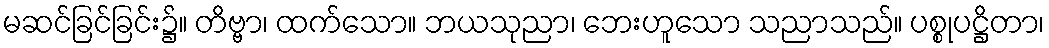
မဆင်ခြင်ခြင်း၌။ တိဗ္ဗာ၊ ထက်သော။ ဘယသုညာ၊ ဘေးဟူသော သညာသည်။ ပစ္စုပဋ္ဌိတာ၊